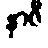
နာဇီ